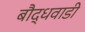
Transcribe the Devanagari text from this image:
बौद्धवाडी